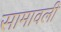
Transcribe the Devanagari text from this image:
सामावली